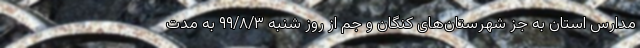
مدارس استان به جز شهرستان‌های کنگان و جم از روز شنبه ۹۹/۸/۳ به مدت